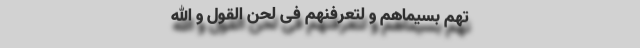
تَهُمْ بِسیماهُمْ وَ لَتَعْرِفَنَّهُمْ فی لَحْنِ الْقَوْلِ وَ اللَّهُ